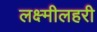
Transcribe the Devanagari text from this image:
लक्ष्मीलहरी